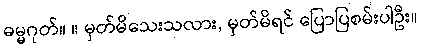
ဓမ္မဂုတ်။ ။ မှတ်မိသေးသလား, မှတ်မိရင် ပြောပြစမ်းပါဦး။